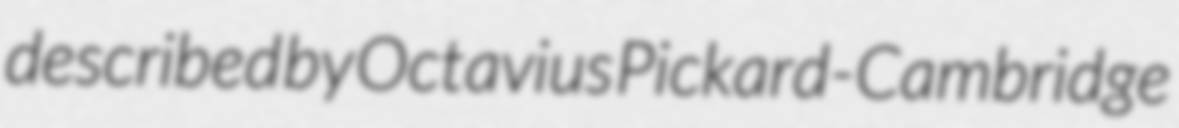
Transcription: described by Octavius Pickard-Cambridge